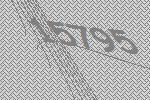
15795